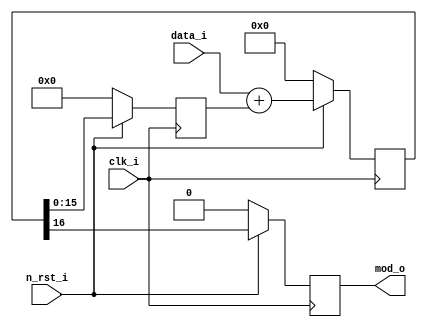
// This program was cloned from: https://github.com/iic-jku/iic-audiodac-v1
// License: Apache License 2.0

// SPDX-FileCopyrightText: 2022 Johannes Kepler University, Institute for 
// Integrated Circuits (H. Pretl, L. Blagojevic, M. Esen, K. Freinberger, 
// M. Golser, M. Hackl, A. Hinterdorfer, O. Kara, D. Kellerer, P. Kotek, 
// J. Mayrhofer, M. Meingast, T. Pankratz, J. Ratschenberger, R. Reddy.Mitta, 
// P. Schmidt, S. Seidl, I. Shala, M. Zbl)
//
// Licensed under the Apache License, Version 2.0 (the "License");
// you may not use this file except in compliance with the License.
// You may obtain a copy of the License at
//
//      http://www.apache.org/licenses/LICENSE-2.0
//
// Unless required by applicable law or agreed to in writing, software
// distributed under the License is distributed on an "AS IS" BASIS,
// WITHOUT WARRANTIES OR CONDITIONS OF ANY KIND, either express or implied.
// See the License for the specific language governing permissions and
// limitations under the License.
// SPDX-License-Identifier: Apache-2.0

`ifndef _FIRST_ORDER_MODULATOR_
`define _FIRST_ORDER_MODULATOR_

`default_nettype none

// first order delta-sigma modulator
module stud_first_order_modulator
#(
    parameter BITWIDTH = 16             // audio data input width
)
(
    input n_rst_i,                      // active low synchronous reset
    input clk_i,                        // clock input

    input [BITWIDTH - 1 : 0] data_i,    // audio data input (unsigned)

    output reg mod_o                    // 1 bit modulator output
);

// feedback line
reg [BITWIDTH - 1 : 0] fb;
reg [BITWIDTH - 1 : 0] fb_next;

// accumulator
reg [BITWIDTH : 0] acc;
reg [BITWIDTH : 0] acc_next;

// modulator output
reg mod_next;

// combinatorics
always @* begin
    // least significant bits of the accumulator get delayed by 1 clock cycle
    // and then fed back into the accumulator
    fb_next = acc[BITWIDTH - 1 : 0];
    acc_next = {1'b0, data_i} + {1'b0, fb};

    // most significant bit of the accumulator becomes the output
    mod_next = acc[BITWIDTH];
end

// registers
always @(posedge clk_i) begin
    if (!n_rst_i) begin
        // synchronously reset register values
        fb <= {BITWIDTH {1'b0}};
        acc <= {BITWIDTH + 1 {1'b0}};
        mod_o <= 1'b0;
    end else begin
        fb <= fb_next;
        acc <= acc_next;

        mod_o <= mod_next;
    end
end

endmodule

`endif